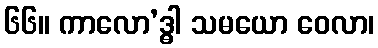
၆၆။ ကာလော’ဒ္ဓါ သမယော ဝေလာ၊